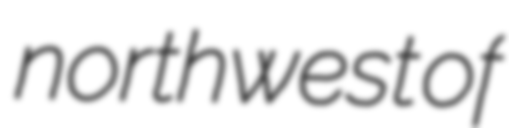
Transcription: northwest of